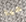
هيا